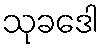
သုခဒေါ